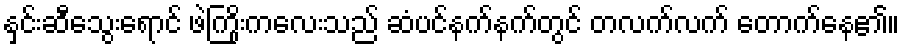
နှင်းဆီသွေးရောင် ဖဲကြိုးကလေးသည် ဆံပင်နက်နက်တွင် တလက်လက် တောက်နေ၏။